Vital statistics of India. Vol. VI, European troops 1870-79
Year: 1870
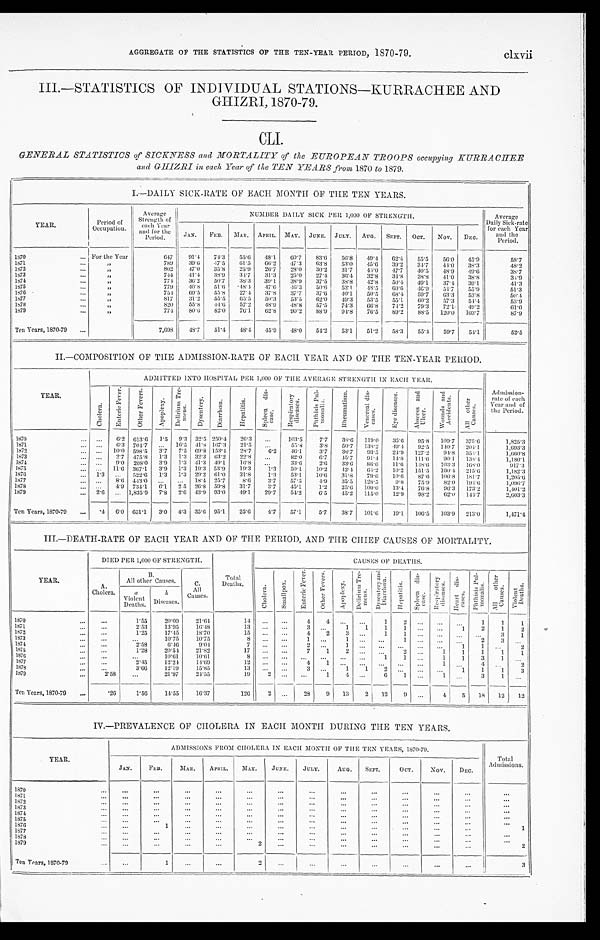
AGGREGATE OF THE STATISTICS OF THE TEN-YEAR PERIOD, 1870-79.
clxvii III.—STATISTICS OF INDIVIDUAL STATIONS—KURRACHEE AND
GHIZRL, 1870-79.
CLI.
GENERAL STATISTICS of SICKNESS and MORTALITY of the EUROPEAN TROOPS occupying KURRACHEE
and GHIZRI in each Year of the TEN YEARS from 1870 to 1879.
I.—DAILY SICK-RATE OF EACH MONTH OF THE TEN YEARS.
YEAR.
Period of
Occupation.
Average
Strength of
each Year
and for t he Peri od.
NUMBER DAILY SICK PER 1,000 OF STRENGTH.
Average
Daily Sick.rate
for each Year
a n d t h e
Period.
JAN. FEB.
M A R .
APRIL. MAY. JUNE. JULY. AUG. SEPT. OCT. NOV. DEC.
1870 For the Year
647
9 1 . 4
74.3 55.6 48.1 60.7 83.6 56.8 49.4 62.4 55.5 56.0 45.9
58. 7
1871
„
789 39.6 47.5 61.5 66.2 47.3 63.8 53.0 45.6 39.2 34.7 44.0 38.3
48.2
1872
„
802
4 7 . 0 35.8 25.9 26.7 28.0 30.2 31.7 44.0 47.7 40.5
4 8 . 9
4 9 . 6
38. 7
1873
„
744
4 1 . 4 38.9 34.7 31.3 25.0 27.4 36.4 32.8 34.8 38.8 41 .0
3 8 . 8
34. 9
1874
„
774 36.2 50.7 38.3 39.1 38.9 37.5 38.8 42.8 50.4 49.1 37.4 39.1
41.3
1875
„
779
4 0 . 8 51.6 48.4 47.6
4 6 . 3 50.6 53. 1 48.5 60.6
4 6 . 9 54.7 55.9
51. 3
1876
„
754
6 9 . 5 55.8 27.4 37.8 37.7 37.6 40.1 50.5 68.4 59.7 63.3 53.8
50. 4
1877 „
817 31.2 55.5 65.5 50.3 53.5 62.0 49.3 53.5 55.1 60.2 57.3 54.4
53. 9
1878
820 55.8 44.6 57.2 48.9 48.8 57.5 74.3 66.8 74.2 79.3 72.1 49.2
61. 0
1879
„
774 80.6 82.0 76.1
6 2 . 8 90.2 88.9 94.8 76.5 89.2 88.5 120.0 103.7 87.9
Ten Years, 1870-79 „
7,698 48.7 51.4 48.4 45.9 48.0 54.2 53.1 51.2 58.3 55.4 59.7 54.1
52. 5
II.—COMPOSITION OF THE ADMISSION-RATE OF EACH YEAR AND OF THE TEN.YEAR PERIOD.
YEAR.
ADMITTED INTO HOSPITAL PER 1,000 OF THE AVERAGE STRENGTH IN EACH YEAR.
Admission. r a t e o f e a c h
Year and of
the Period.
C h o l e r a .
E n t e r i c F e v e r .
O t h e r F e v e r s .
A p o p l e x y . D e l i r i u m T r e -
m e n s .
D y s e n t e r y .
D i a r r h œ a .
H e p a t i t i s .
S p l e e n d i s -
e a s e . Respiratory
diseases.
P h t h i s i s P u l -
m o n a l i s .
R h e u m a t i s m . V e n e r e a l d i s -
e a s e s .
E y e d i s e a s e s .
A b s c e s s a n d
U l c e r .
W o u n d s a n d
A c c i d e n t s .
A l l o t h e r
C a u s e s .
1870
6.2 613.6 1.5 9.3 32.5 250.4 26.3
103.5 7.7 38.6 119.0 35.6 95.8 109.7 375.6
1,825.3
1871
6.3 704.7
16.5 4 1 . 8 167.3 21.5
55.8 3.8 50.7 138.2
4 9 . 4 92.5 140.7 204.1
1,693.3
1872
10.0 598.5 3.7 7.5 69.8 153.4 28.7 6.2 46.1 3.7 38.7 93.5 24.9 127.2 94.8 354.1
1,660.8
1873
2. 7 475.8 1.3 1.3 32.3 63.2 22.8
82.0 6.7 45.7 91.4 14. 8 111.6
9 0 . 1 138.4
1,180.1
1874
9. 0
2 0 8 . 0 3.9 1.3 41.3 49.1 16.8
3 3 . 6 2.6 33.6 86.6 11.6 148.6 103.3 168.0
917.3
1 8 7 5
11.6 367.1 3.9 1.3 19.3 53.9 19.3 1.3 50.1 10.2 42.4 64.2 10.2
1 5 1 . 5
1 6 0 . 4 . 215.6
1,182.3
1876
1. 3
522.6 1.3 1.3 29.2 61.0 31.8 1.3 53.1 10.6 31.8 79.6 10.6 87.6 100.8 181.7
1,205.6
1877
8.6 443.0
18.4 25.7
8 . 6 3.7 57.5 4.9 35.5 128.5 9.8 75.9 82.0 194.6
1,096.7
1878
4.9 734.1 6.1 2.5 26.8 59.8 31.7 3.7
4 5 . 1 1.2 25.6 100.0 13.4 76.8 96.3 173.2
1,401.2
1879
2. 6
1,835.9 7.8 2.6 43.9 93.0 49.1 29.7 54.2 6.5 45.2 115.0 12.9 98.2 62.0 144.7
2,603.3
Ten Years, 1870-79 .4 6.0 651.1 3.0 4.3 35.6 95.1 25.6 4.7 57.1 5.7 38.7 101.6 19.1 106.5 103.9 213.0
1,471.4
III.—DEATH-RATE OF EACH YEAR AND OF THE PERIOD, AND THE CHIEF CAUSES OF MORTALITY.
YEAR.
DIED PER 1,000 OF STRENGTH.
Total
Deaths.
C A U S E S O F D E A T H S .
A.
Cholera.
B .
All other Causes.
C.
All
Causes.
C h o l e r a .
S m a l l p o x . E n t e r i c F e v e r .
O t h e r F e v e r s .
A p o p l e x y .
D e l i r i u m T r e -
m e n s .
D y s e n t e r y a n d
D i a r r h œ a .
H e p a t i t i s .
S p l e e n d i s -
e a s e .
R e s p i r a t o r y
d i s e a s e s .
H e a r t d i s -
e a s e s . P h t h i s i s P u l -
mo n a l i s .
All other
Causes.
V i o l e n t
D e a t h s .
a
Violent Deaths.
b
Di seases.
1870
1.55 20.09 21.64
1 4
4
4
1
2
1 1 1
1871
2.53 13.95 16.48
13
3
1 1 1
1
1 2 1 2
1872
1.25 17.45 18.70
15
4 2 3
1 1
3 1
1873
10.75 10.75
8
1
1
1
2 3
1874
2.58 6.46 9.04.
7
2
1
1 1
2
1875
1.28 20.54 21.82
1 7
7 1 2
2
1 1 1 1 1
1876
10.61 10.61
8
1 1
1 1 3 1
1877
2.45 12.24 14.69
1 2
4
1
1
4
2
1878
3.66 12.19 15.85
1 3
3
1 1
2
1 1
1 3
1879
2.58
21.97 24.55
19
2
1
4
6 1
1
3 1
Ten Years, 1870-79
.26 1.56 14.55 16.37
126
2
28 9 13 2 12 9
4 5
1 8 12 12
IV.—PREVALENCE OF CHOLERA IN EACH MONTH DURING THE TEN YEARS.
YEAR.
ADMISSIONS FROM CHOLERA IN EACH MONTH OF THE TEN YEARS, 1870.79.
Total
A d m i s s i o n .
JAN. FEB. MAR. APRIL. MAY. JUNE. JULY. AUG. SEPT.
OCT. NOV. DEC.
1870 1871
1872
1873 1874 1875 1876
1
1
1877 1878
1879
2
2
Ten Years, 1870-79
1
2
3